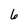
Character: 6